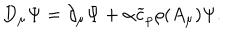
D _ { \mu } \Psi = \partial _ { \mu } \Psi + \alpha \widetilde { c } _ { \rho } \rho ( A _ { \mu } ) \Psi .